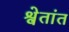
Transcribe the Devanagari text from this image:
श्वेतांत